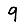
Digit: 9